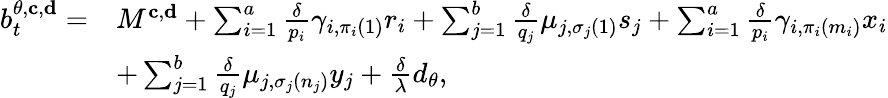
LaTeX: \begin{array}{rl}{b_{t}^{\theta,\mathbf{c},\mathbf{d}}=}&{M^{\mathbf{c},\mathbf{d}}+\sum_{i=1}^{a}\frac{\delta}{p_{i}}\gamma_{i,\pi_{i}(1)}{r_{i}}+\sum_{j=1}^{b}\frac{\delta}{q_{j}}\mu_{j,\sigma_{j}(1)}{s_{j}}+\sum_{i=1}^{a}\frac{\delta}{p_{i}}\gamma_{i,\pi_{i}(m_{i})}{x_{i}}}\\ &{+\sum_{j=1}^{b}\frac{\delta}{q_{j}}\mu_{j,\sigma_{j}(n_{j})}{y_{j}}+\frac{\delta}{\lambda}d_{\theta},}\end{array}